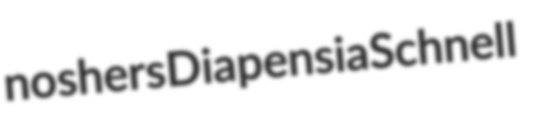
noshers Diapensia Schnell